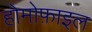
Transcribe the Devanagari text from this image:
होमोफ़ाइल